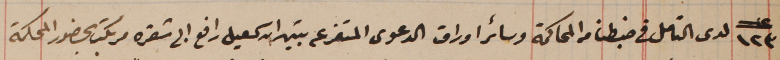
عدد ١٢٣ لدى التامل فى ضبطنا من المحاكمة وسائر اوراق الدعوى المفرعه تبين ان سمعيل رافع ابى شقره مرتكب بحضور المحكمة